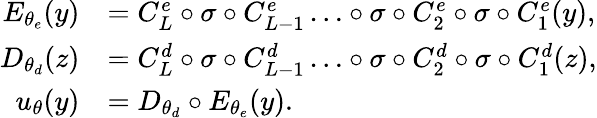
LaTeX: \begin{array}{rl}{E_{\theta_{e}}(y)}&{=C_{L}^{e}\circ\sigma\circ C_{L-1}^{e}\ldots\circ\sigma\circ C_{2}^{e}\circ\sigma\circ C_{1}^{e}(y),}\\ {D_{\theta_{d}}(z)}&{=C_{L}^{d}\circ\sigma\circ C_{L-1}^{d}\ldots\circ\sigma\circ C_{2}^{d}\circ\sigma\circ C_{1}^{d}(z),}\\ {u_{\theta}(y)}&{=D_{\theta_{d}}\circ E_{\theta_{e}}(y).}\end{array}